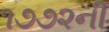
૧૭૭૨ની